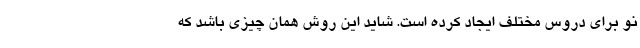
نو برای دروس مختلف ایجاد کرده است. شاید این روش همان چیزی باشد که